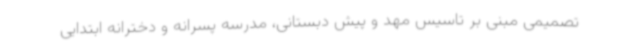
تصمیمی مبنی بر تاسیس مهد و پیش دبستانی، مدرسه پسرانه و دخترانه ابتدایی